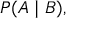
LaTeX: P ( A \mid B ) ,